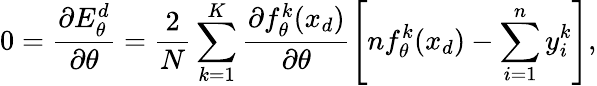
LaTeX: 0=\frac{\partial E_{\theta}^{d}}{\partial\theta}=\frac{2}{N}\sum_{k=1}^{K}\frac{\partial f_{\theta}^{k}(x_{d})}{\partial\theta}\left[nf_{\theta}^{k}(x_{d})-\sum_{i=1}^{n}y_{i}^{k}\right]{\mathrm{,}}